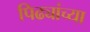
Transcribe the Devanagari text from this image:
पिढ्यांच्‍या